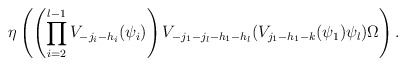
\begin{align*}\eta \left( \left( \prod_{i=2}^{l-1} V_{-j_i-h_i}(\psi_i) \right) V_{- j_1 - j_l - h_1 - h_l}( V_{j_1 - h_1 - k}(\psi_1) \psi_l) \Omega \right).\end{align*}